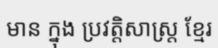
មាន ក្នុង ប្រវត្តិសាស្ត្រ ខ្មែរ